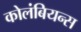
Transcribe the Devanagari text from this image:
कोलंबियन्स